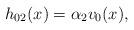
LaTeX: \begin{align*}h_{02}(x)=\alpha_2 v_0(x),\end{align*}